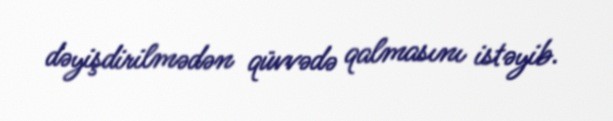
dəyişdirilmədən qüvvədə qalmasını istəyib.